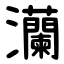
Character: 灡